Indian Civil Veterinary Department memoirs
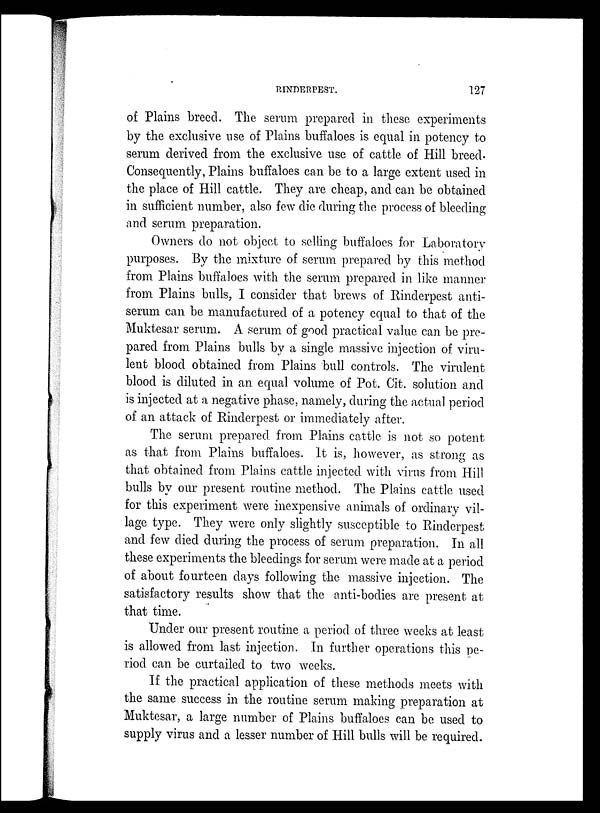
RINDERPEST.
127
of Plains breed. The serum prepared in these experiments
by the exclusive use of Plains buffaloes is equal in potency to
serum derived from the exclusive use of cattle of Hill breed.
Consequently, Plains buffaloes can be to a large extent used in
the place of Hill cattle. They are cheap, and can be obtained
in sufficient number, also few die during the process of bleeding
and serum preparation.
Owners do not object to selling buffaloes for Laboratory
purposes. By the mixture of serum prepared by this method
from Plains buffaloes with the serum prepared in like manner
from Plains bulls, I consider that brews of Rinderpest anti-
serum can be manufactured of a potency equal to that of the
Muktesar serum. A serum of good practical value can be pre-
pared from Plains bulls by a single massive injection of viru-
lent blood obtained from Plains bull controls. The virulent
blood is diluted in an equal volume of Pot. Cit. solution and
is injected at a negative phase, namely, during the actual period
of an attack of Rinderpest or immediately after.
The serum prepared from Plains cattle is not so potent
as that from Plains buffaloes. It is, however, as strong as
that obtained from Plains cattle injected with virus from Hill
bulls by our present routine method. The Plains cattle used
for this experiment were inexpensive animals of ordinary vil-
lage type. They were only slightly susceptible to Rinderpest
and few died during the process of serum preparation. In all
these experiments the bleedings for serum were made at a period
of about fourteen days following the massive injection. The
satisfactory results show that the anti-bodies are present at
that time.
Under our present routine a period of three weeks at least
is allowed from last injection. In further operations this pe-
riod can be curtailed to two weeks.
If the practical application of these methods meets with
the same success in the routine serum making preparation at
Muktesar, a large number of Plains buffaloes can be used to
supply virus and a lesser number of Hill bulls will be required.